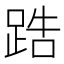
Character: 𨁒